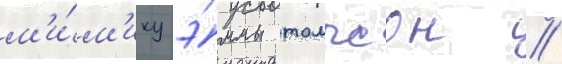
м'и́м'ику э́ммы томпсон //